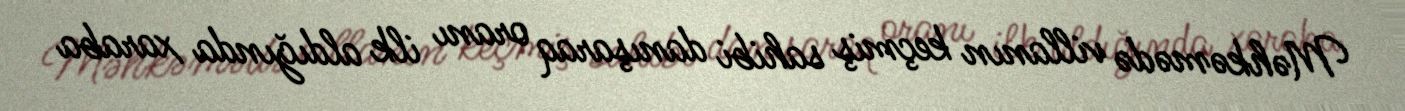
Məhkəmədə villanın keçmiş sahibi danışaraq oranı ilk aldığında xaraba